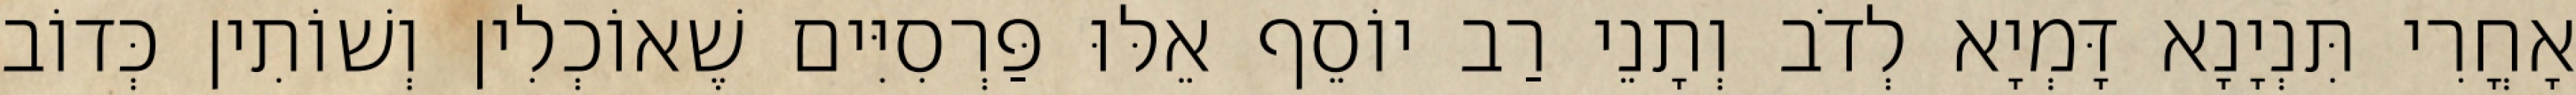
אָחֳרִי תִּנְיָנָא דָּמְיָא לְדֹב וְתָנֵי רַב יוֹסֵף אֵלּוּ פַּרְסִיִּים שֶׁאוֹכְלִין וְשׁוֹתִין כְּדוֹב